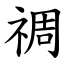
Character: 禂